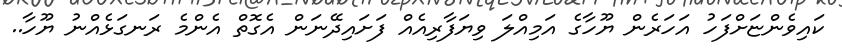
ކައިވެންޏަށްފަހު އަހަރެން ޔޫހާގެ އަމިއްލަ ވިޔަފާރިއެއް ފަށައިދޭނަން އެގޮތް އެންމެ ރަނގަޅެއްނު ޔޫހާ..